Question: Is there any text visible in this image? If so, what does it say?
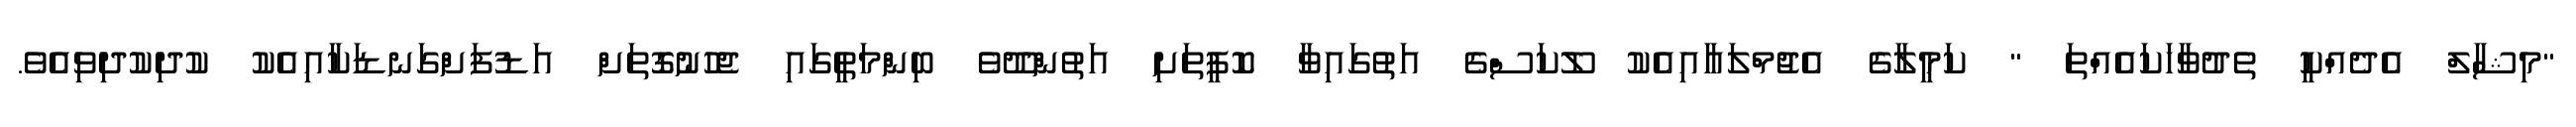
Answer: "މިޝާލް އެދެއްކީ ތެދުވާހަކައެއްތަ " ކަމީލާގެ އެޖުމްލައާއިއެކު ލޫކަސްގެ އަތުގައިވާ ކޮފީތަށި އަތުންދޫވެ ބިންމަތީގައި ޖެހުނުގޮތަށް އަޑުފަށްގަނޑަކާއިއެކު ކުދިކުދިވިއެވެ.